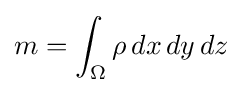
m=\int _{\Omega }\rho \,dx\,dy\,dz